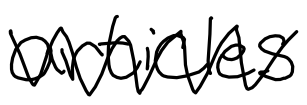
Text: articles
Cross-out: zig-zag
Writing tool: digital_black